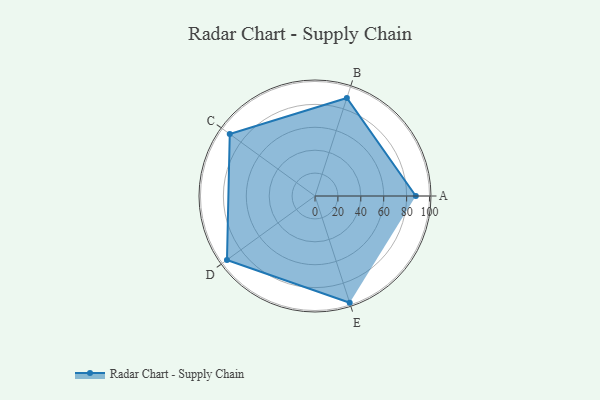
{"axis": {"x": "Skill", "y": "Score"}, "legend": ["Profile"], "data": [{"x": "A", "y": 88.0, "type": "Profile"}, {"x": "B", "y": 90.0, "type": "Profile"}, {"x": "C", "y": 92.0, "type": "Profile"}, {"x": "D", "y": 95.0, "type": "Profile"}, {"x": "E", "y": 98.0, "type": "Profile"}]}